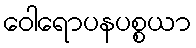
ဝေါရောပနပစ္စယာ